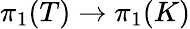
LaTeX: \pi_{1}(T)\to\pi_{1}(K)